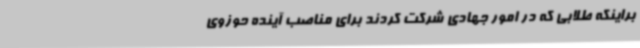
براینکه طلابی که در امور جهادی شرکت کردند برای مناصب آینده حوزوی